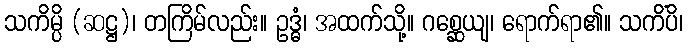
သကိမ္ပိ (ဆဋ္ဌ)၊ တကြိမ်လည်း။ ဥဒ္ဓံ၊ အထက်သို့။ ဂစ္ဆေယျ၊ ရောက်ရာ၏။ သကိံပိ၊